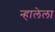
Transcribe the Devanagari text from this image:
न्हालेला